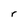
Character: r